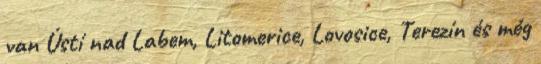
van Ústí nad Labem, Litomerice, Lovosice, Terezín és még